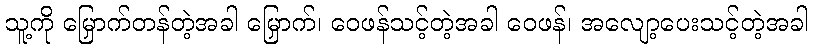
သူ့ကို မြှောက်တန်တဲ့အခါ မြှောက်၊ ဝေဖန်သင့်တဲ့အခါ ဝေဖန်၊ အလျော့ပေးသင့်တဲ့အခါ